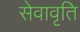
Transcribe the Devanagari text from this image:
सेवावृति